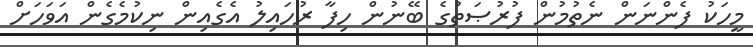
މީހަކު ފެންނަން ނެތުމުން ފުރުޞަތުގެ ބޭނުން ހިފާ ރުހައިލު އެގެއިން ނިކުމެގެން އަވަހަށް